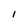
Character: I